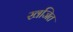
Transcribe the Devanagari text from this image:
खजित